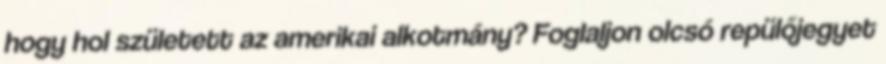
hogy hol született az amerikai alkotmány? Foglaljon olcsó repülőjegyet